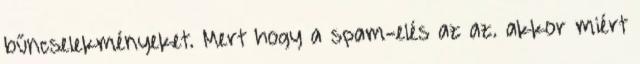
bűncselekményeket. Mert hogy a spam-elés az az. akkor miért